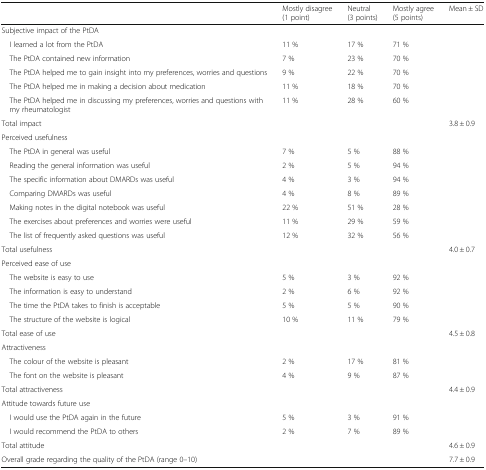
<table><thead><tr><td></td><td><b>Mostly disagree(1 point)</b></td><td><b>Neutral(3 points)</b></td><td><b>Mostly agree(5 points)</b></td><td><b>Mean ± SD</b></td></tr></thead><tbody><tr><td colspan="5">Subjective impact of the PtDA</td></tr><tr><td> I learned a lot from the PtDA</td><td>11 %</td><td>17 %</td><td>71 %</td><td></td></tr><tr><td> The PtDA contained new information</td><td>7 %</td><td>23 %</td><td>70 %</td><td></td></tr><tr><td> The PtDA helped me to gain insight into my preferences, worries and questions</td><td>9 %</td><td>22 %</td><td>70 %</td><td></td></tr><tr><td> The PtDA helped me in making a decision about medication</td><td>11 %</td><td>18 %</td><td>70 %</td><td></td></tr><tr><td> The PtDA helped me in discussing my preferences, worries and questions with my rheumatologist</td><td>11 %</td><td>28 %</td><td>60 %</td><td></td></tr><tr><td>Total impact</td><td></td><td></td><td></td><td>3.8 ± 0.9</td></tr><tr><td colspan="5">Perceived usefulness</td></tr><tr><td> The PtDA in general was useful</td><td>7 %</td><td>5 %</td><td>88 %</td><td></td></tr><tr><td> Reading the general information was useful</td><td>2 %</td><td>5 %</td><td>94 %</td><td></td></tr><tr><td> The specific information about DMARDs was useful</td><td>4 %</td><td>3 %</td><td>94 %</td><td></td></tr><tr><td> Comparing DMARDs was useful</td><td>4 %</td><td>8 %</td><td>89 %</td><td></td></tr><tr><td> Making notes in the digital notebook was useful</td><td>22 %</td><td>51 %</td><td>28 %</td><td></td></tr><tr><td> The exercises about preferences and worries were useful</td><td>11 %</td><td>29 %</td><td>59 %</td><td></td></tr><tr><td> The list of frequently asked questions was useful</td><td>12 %</td><td>32 %</td><td>56 %</td><td></td></tr><tr><td>Total usefulness</td><td></td><td></td><td></td><td>4.0 ± 0.7</td></tr><tr><td colspan="5">Perceived ease of use</td></tr><tr><td> The website is easy to use</td><td>5 %</td><td>3 %</td><td>92 %</td><td></td></tr><tr><td> The information is easy to understand</td><td>2 %</td><td>6 %</td><td>92 %</td><td></td></tr><tr><td> The time the PtDA takes to finish is acceptable</td><td>5 %</td><td>5 %</td><td>90 %</td><td></td></tr><tr><td> The structure of the website is logical</td><td>10 %</td><td>11 %</td><td>79 %</td><td></td></tr><tr><td>Total ease of use</td><td></td><td></td><td></td><td>4.5 ± 0.8</td></tr><tr><td colspan="5">Attractiveness</td></tr><tr><td> The colour of the website is pleasant</td><td>2 %</td><td>17 %</td><td>81 %</td><td></td></tr><tr><td> The font on the website is pleasant</td><td>4 %</td><td>9 %</td><td>87 %</td><td></td></tr><tr><td>Total attractiveness</td><td></td><td></td><td></td><td>4.4 ± 0.9</td></tr><tr><td colspan="5">Attitude towards future use</td></tr><tr><td> I would use the PtDA again in the future</td><td>5 %</td><td>3 %</td><td>91 %</td><td></td></tr><tr><td> I would recommend the PtDA to others</td><td>2 %</td><td>7 %</td><td>89 %</td><td></td></tr><tr><td>Total attitude</td><td></td><td></td><td></td><td>4.6 ± 0.9</td></tr><tr><td colspan="2">Overall grade regarding the quality of the PtDA (range 0–10)</td><td></td><td></td><td>7.7 ± 0.9</td></tr></tbody></table>